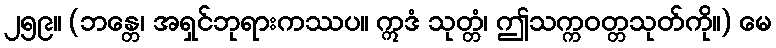
၂၅၉။ (ဘန္တေ၊ အရှင်ဘုရားကဿပ။ ဣဒံ သုတ္တံ၊ ဤသက္ကဝတ္တသုတ်ကို။) မေ